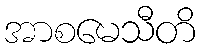
အာစမေသီတိ